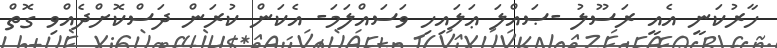
ހާރުކަނީ އެއީ ރަސޫލު -ޞައްލަ ޢަލައިހި ވަސައްލަމަ- އެކަން ކުރަން ދަސްކޮށްދެއްވި ގޮތް